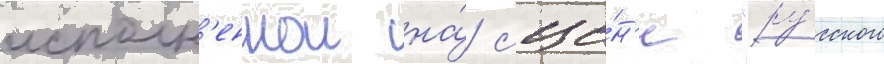
исполн'еннои на́ сце́н'е "ру́сского